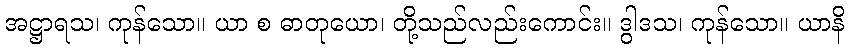
အဋ္ဌာရသ၊ ကုန်သော။ ယာ စ ဓာတုယော၊ တို့သည်လည်းကောင်း။ ဒွါဒသ၊ ကုန်သော။ ယာနိ